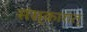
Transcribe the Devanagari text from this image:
संस्कारात्‌